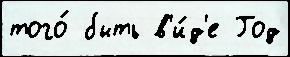
того́ быть в'и́д'е Год